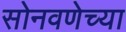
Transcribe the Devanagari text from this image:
सोनवणेच्या